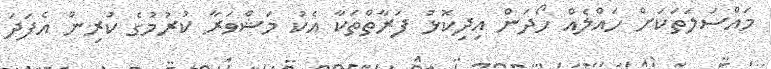
މައްސަލަތަކަށް ހައްލެއް ހޯދަން އިދިކޮޅު ފަރާތްތަކާ އެކު މަޝްވަރާ ކުރުމުގެ ކުރިން އެފަދަ